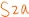
Text: S2a